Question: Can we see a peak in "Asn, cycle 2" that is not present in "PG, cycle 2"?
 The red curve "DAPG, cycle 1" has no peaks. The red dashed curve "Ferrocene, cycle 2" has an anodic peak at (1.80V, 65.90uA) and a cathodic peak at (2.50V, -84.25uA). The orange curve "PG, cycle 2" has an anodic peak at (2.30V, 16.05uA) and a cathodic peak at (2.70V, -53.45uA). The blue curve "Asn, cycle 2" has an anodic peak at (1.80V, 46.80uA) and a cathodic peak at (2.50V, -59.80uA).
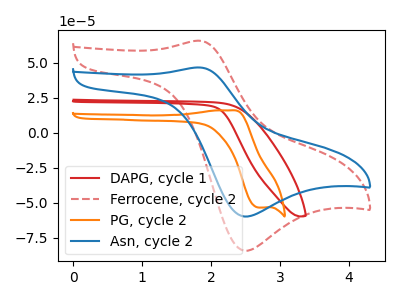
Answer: <think>"Asn, cycle 2" and "PG, cycle 2" have at least one peak that do not match.
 </think>
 <answer>Yes, "Asn, cycle 2" and "PG, cycle 2" are different in shape.</answer>
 <eval>yes_change</eval>